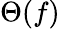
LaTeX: \Theta(f)